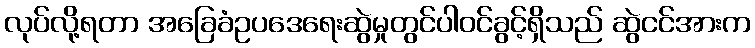
လုပ်လို့ရတာ အခြေခံဥပဒေရေးဆွဲမှုတွင်ပါဝင်ခွင့်ရှိသည် ဆွဲငင်အားက